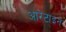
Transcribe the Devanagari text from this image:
आरेटाइन